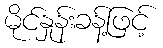
မိုင်နှုန်းခန့်ဖြင့်